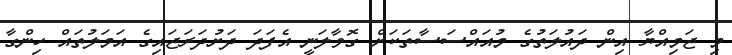
މި ޖަމިއްޔާ އިން ދައުލަތުގެ މުއައްސަސާތަކަށް ގޮވާލަނީ އެފަދަ ދަށުދަރަޖައިގެ އަމަލުތައް ހިންގާ